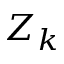
Z _ { k }